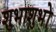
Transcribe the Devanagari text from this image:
शुभाशुभों